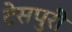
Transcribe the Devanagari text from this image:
टेसपुरी